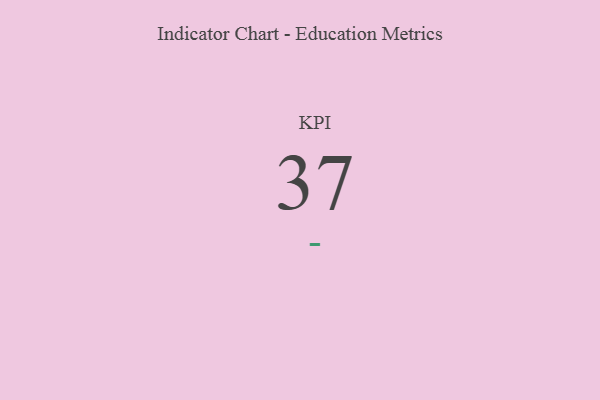
{"axis": {"x": "KPI", "y": "Value"}, "legend": [""], "data": [{"x": "KPI", "y": 37, "type": ""}]}